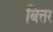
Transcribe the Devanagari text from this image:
बित्तर